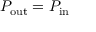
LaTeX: P _ { \mathrm { o u t } } = P _ { \mathrm { i n } }